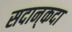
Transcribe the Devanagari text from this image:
सदान्‌कदा